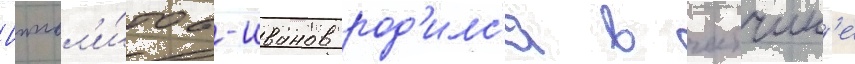
Иппол'и́тов-иванов род'илс'я в гатчин'е